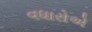
વધારોએ